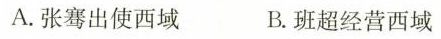
A.张骞出使西域 B.班超经营西域